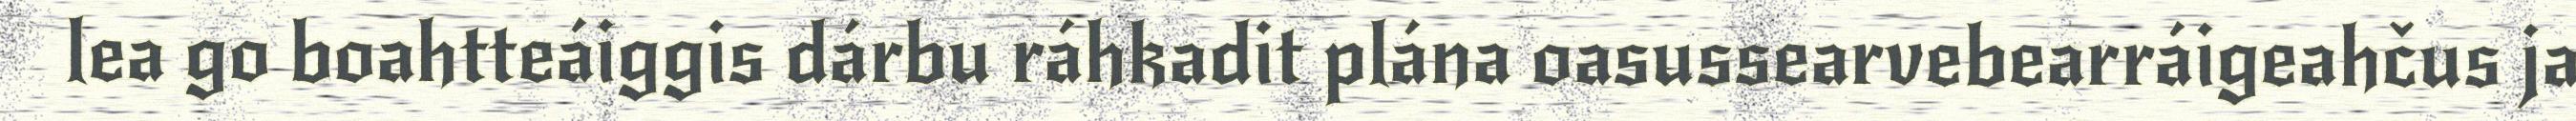
lea go boahtteáiggis dárbu ráhkadit plána oasussearvebearráigeahčus ja